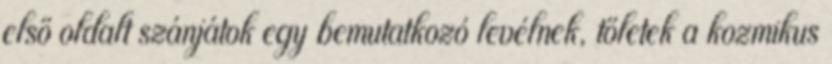
első oldalt szánjátok egy bemutatkozó levélnek, tőletek a kozmikus